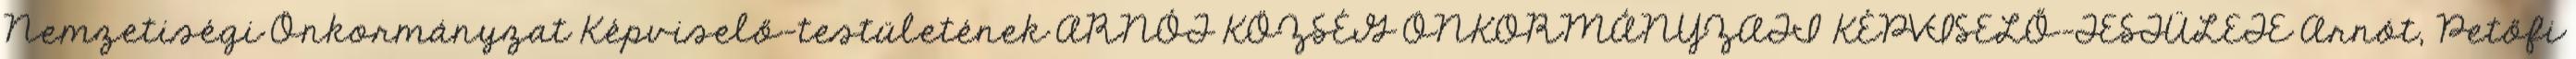
Nemzetiségi Önkormányzat Képviselő-testületének ARNÓT KÖZSÉG ÖNKORMÁNYZATI KÉPVISELŐ-TESTÜLETE Arnót, Petőfi